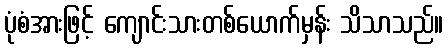
ပုံစံအားဖြင့် ကျောင်းသားတစ်ယောက်မှန်း သိသာသည်။